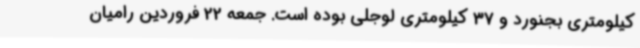
کیلومتری بجنورد و 37 کیلومتری لوجلی بوده است. جمعه 22 فروردین رامیان